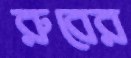
রুবের